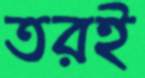
তরই